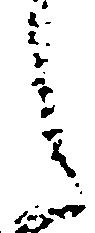
之